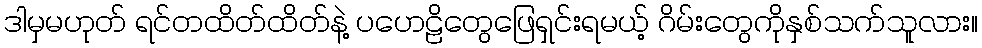
ဒါမှမဟုတ် ရင်တထိတ်ထိတ်နဲ့ ပဟေဠိတွေဖြေရှင်းရမယ့် ဂိမ်းတွေကိုနှစ်သက်သူလား။